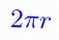
2\pi r